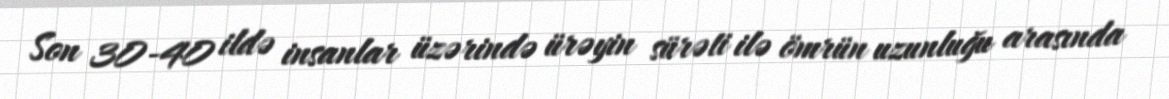
Son 30-40 ildə insanlar üzərində ürəyin sürəti ilə ömrün uzunluğu arasında